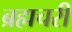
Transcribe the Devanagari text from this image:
ब्रह्मचरी